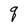
Character: q